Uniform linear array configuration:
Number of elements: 8
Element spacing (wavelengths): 0.75
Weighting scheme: blackman
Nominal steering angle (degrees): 60
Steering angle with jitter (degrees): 60.16
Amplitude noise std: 0.05
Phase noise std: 0.05

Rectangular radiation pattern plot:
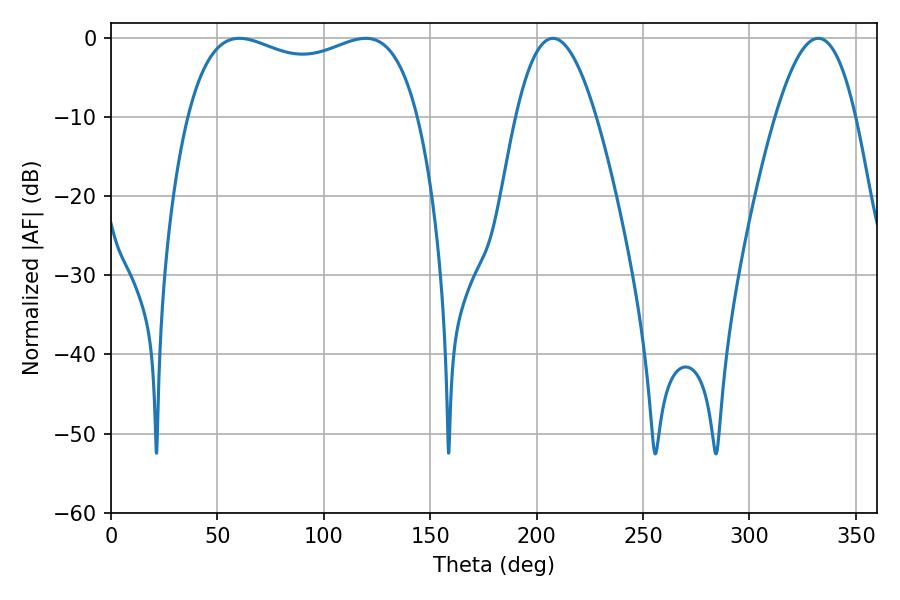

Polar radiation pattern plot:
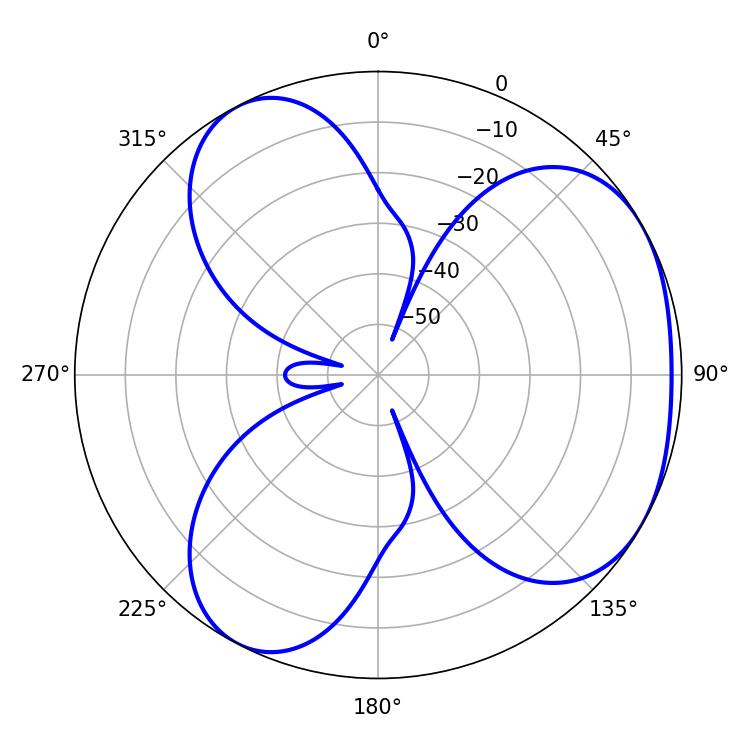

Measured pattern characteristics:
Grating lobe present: TRUE
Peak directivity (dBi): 3.831
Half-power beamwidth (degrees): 89.28
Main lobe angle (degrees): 60.3